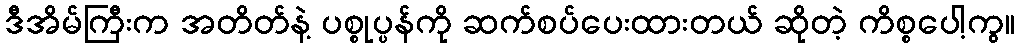
ဒီအိမ်ကြီးက အတိတ်နဲ့ ပစ္စုပ္ပန်ကို ဆက်စပ်ပေးထားတယ် ဆိုတဲ့ ကိစ္စပေါ့ကွ။